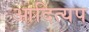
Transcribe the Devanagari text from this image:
आदित्यप